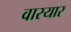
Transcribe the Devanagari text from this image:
वारयार